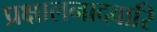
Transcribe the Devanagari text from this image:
प्रक्षालनादवारि